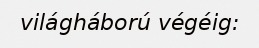
világháború végéig: